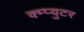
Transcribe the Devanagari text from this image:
क्म्प्युटर